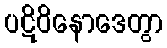
ပဋိဝိနောဒေတွာ